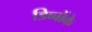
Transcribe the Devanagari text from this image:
डिब्बोंके